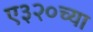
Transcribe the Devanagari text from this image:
ए३२०च्या